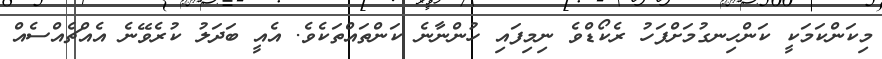
މިކަންކަމަކީ ކަންހިނގުމަށްފަހު ރެކޯޑްވެ ނިމިފައި ހުންނާނެ ކަންތައްތަކެވެ. އެއީ ބަދަލު ކުރެވޭނެ އެއްޗެއްސެއް